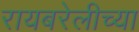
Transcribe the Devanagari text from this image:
रायबरेलीच्या